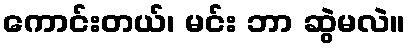
ကောင်းတယ်၊ မင်း ဘာ ဆွဲမလဲ။